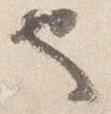
也